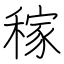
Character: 稼